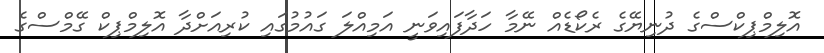
އޮލިމްޕިކްސްގެ ދުނިޔޭގެ ރެކޯޑެއް ނޭމާ ހަދާފައިވަނީ އަމިއްލަ ގައުމުގައި ކުރިއަށްދާ އޮލިމްޕިކް ގޭމްސްގެ